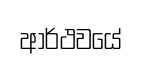
ආර්ථවයේ